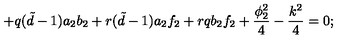
+ q ( { \tilde { d } } - 1 ) a _ { 2 } b _ { 2 } + r ( { \tilde { d } } - 1 ) a _ { 2 } f _ { 2 } + r q b _ { 2 } f _ { 2 } + \frac { \phi _ { 2 } ^ { 2 } } { 4 } - \frac { k ^ { 2 } } { 4 } = 0 ;